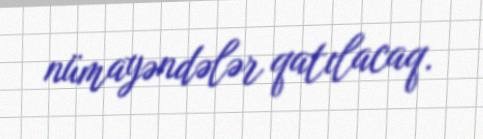
nümayəndələr qatılacaq.